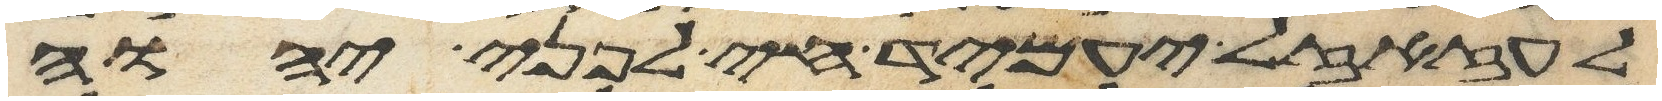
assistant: לעזזאל יעמיד חי לפני יהוה